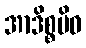
အာဒိစ္စမိဝ